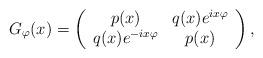
LaTeX: \begin{align*}G_{\varphi}(x) = \left(\begin{array}{cc}p(x) & q(x) e^{i x \varphi} \\q(x) e^{-i x \varphi} & p(x)\end{array}\right),\end{align*}